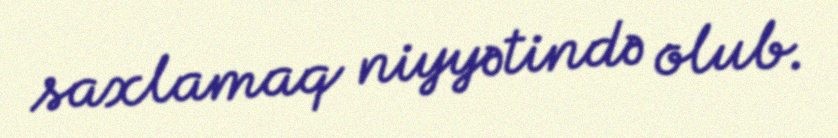
saxlamaq niyyətində olub.